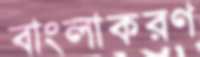
বাংলাকরণ